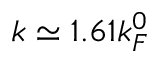
k \simeq 1 . 6 1 k _ { F } ^ { 0 }